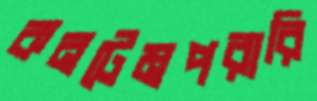
কনটেমপরারি